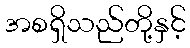
အစရှိသည်တို့နှင့်